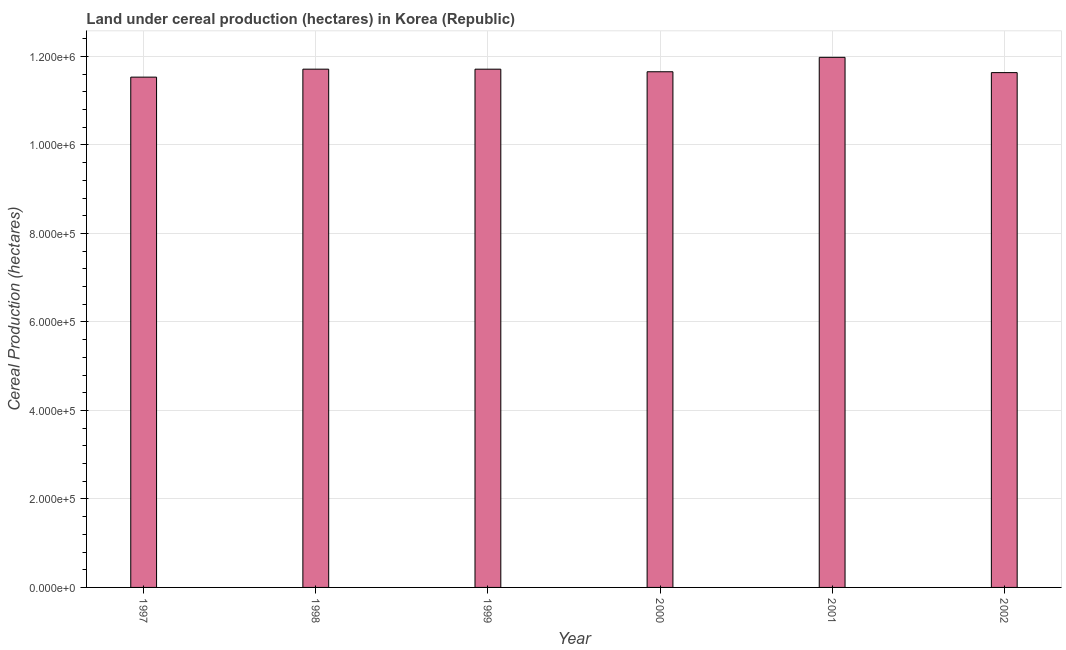
| Year | Land under cereal production (hectares) |
 | --- | --- |
 | 1997 | 1.15e+06 |
 | 1998 | 1.17e+06 |
 | 1999 | 1.17e+06 |
 | 2000 | 1.17e+06 |
 | 2001 | 1.2e+06 |
 | 2002 | 1.16e+06 |